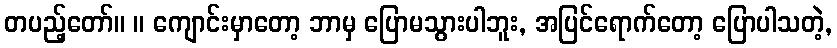
တပည့်တော်။ ။ ကျောင်းမှာတော့ ဘာမှ ပြောမသွားပါဘူး, အပြင်ရောက်တော့ ပြောပါသတဲ့,